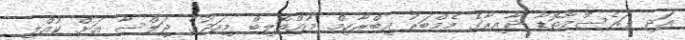
އަދި ފަރެސްމާތޮޑާ ދާއިރާގެ މެމްބަރު އިބްރާހިމް މުއްތޮލިބް މިއަދުގެ ޖަލްސާ އަށް ކުއްލި